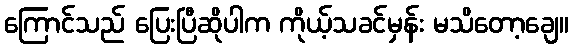
ကြောင်သည် ပြေးပြီဆိုပါက ကိုယ့်သခင်မှန်း မသိတော့ချေ။